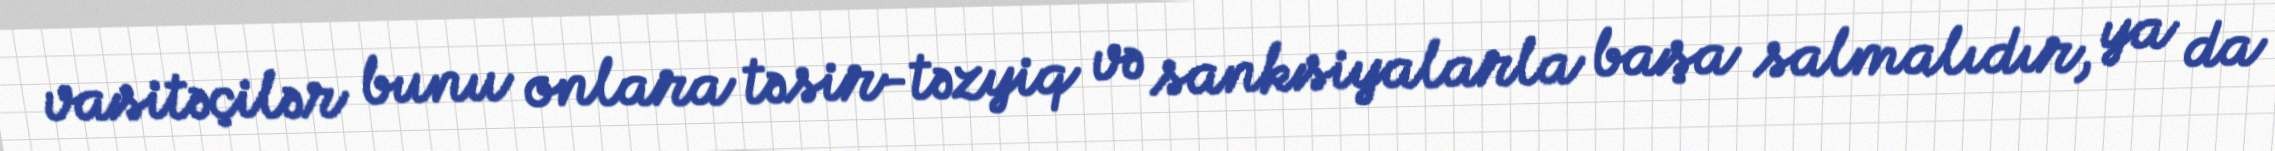
vasitəçilər bunu onlara təsir-təzyiq və sanksiyalarla başa salmalıdır, ya da